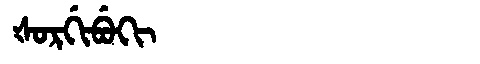
Manchu: ᡧᠣᡵᡤᡳᠪᡠᡴᡳ
Romanization: ŠORGIBUKI